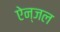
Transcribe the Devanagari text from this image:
ऐन्जल